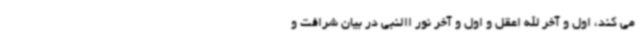
می کند، اول و آخر الله اعقل و اول و آخر نور االنبی در بیان شرافت و